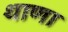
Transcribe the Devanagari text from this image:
थाणा